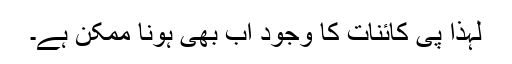
لہٰذا پی کائنات کا وجود اب بھی ہونا ممکن ہے۔